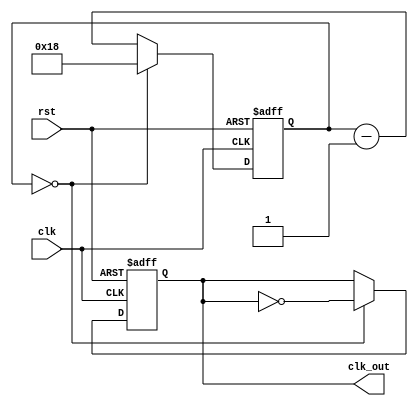
module Frequency_Synthesizer_clock_divider (
    input wire clk, // Input clock signal
    input wire rst, // Reset signal
    output reg clk_out // Output divided clock signal
);

reg [23:0] counter; // Counter to divide the input clock signal

always @(posedge clk or posedge rst) begin
    if (rst) begin
        counter <= 0; // Reset counter
        clk_out <= 0; // Reset output clock
    end else begin
        if (counter == 24'd0) begin // Divide input clock by 25
            counter <= 24'd24;
            clk_out <= ~clk_out;
        end else begin
            counter <= counter - 1;
        end
    end
end

endmodule